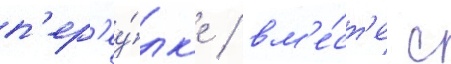
п'ер'еу́лк'е / вм'е́ст'е с